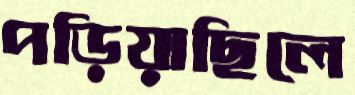
পড়িয়াছিলে